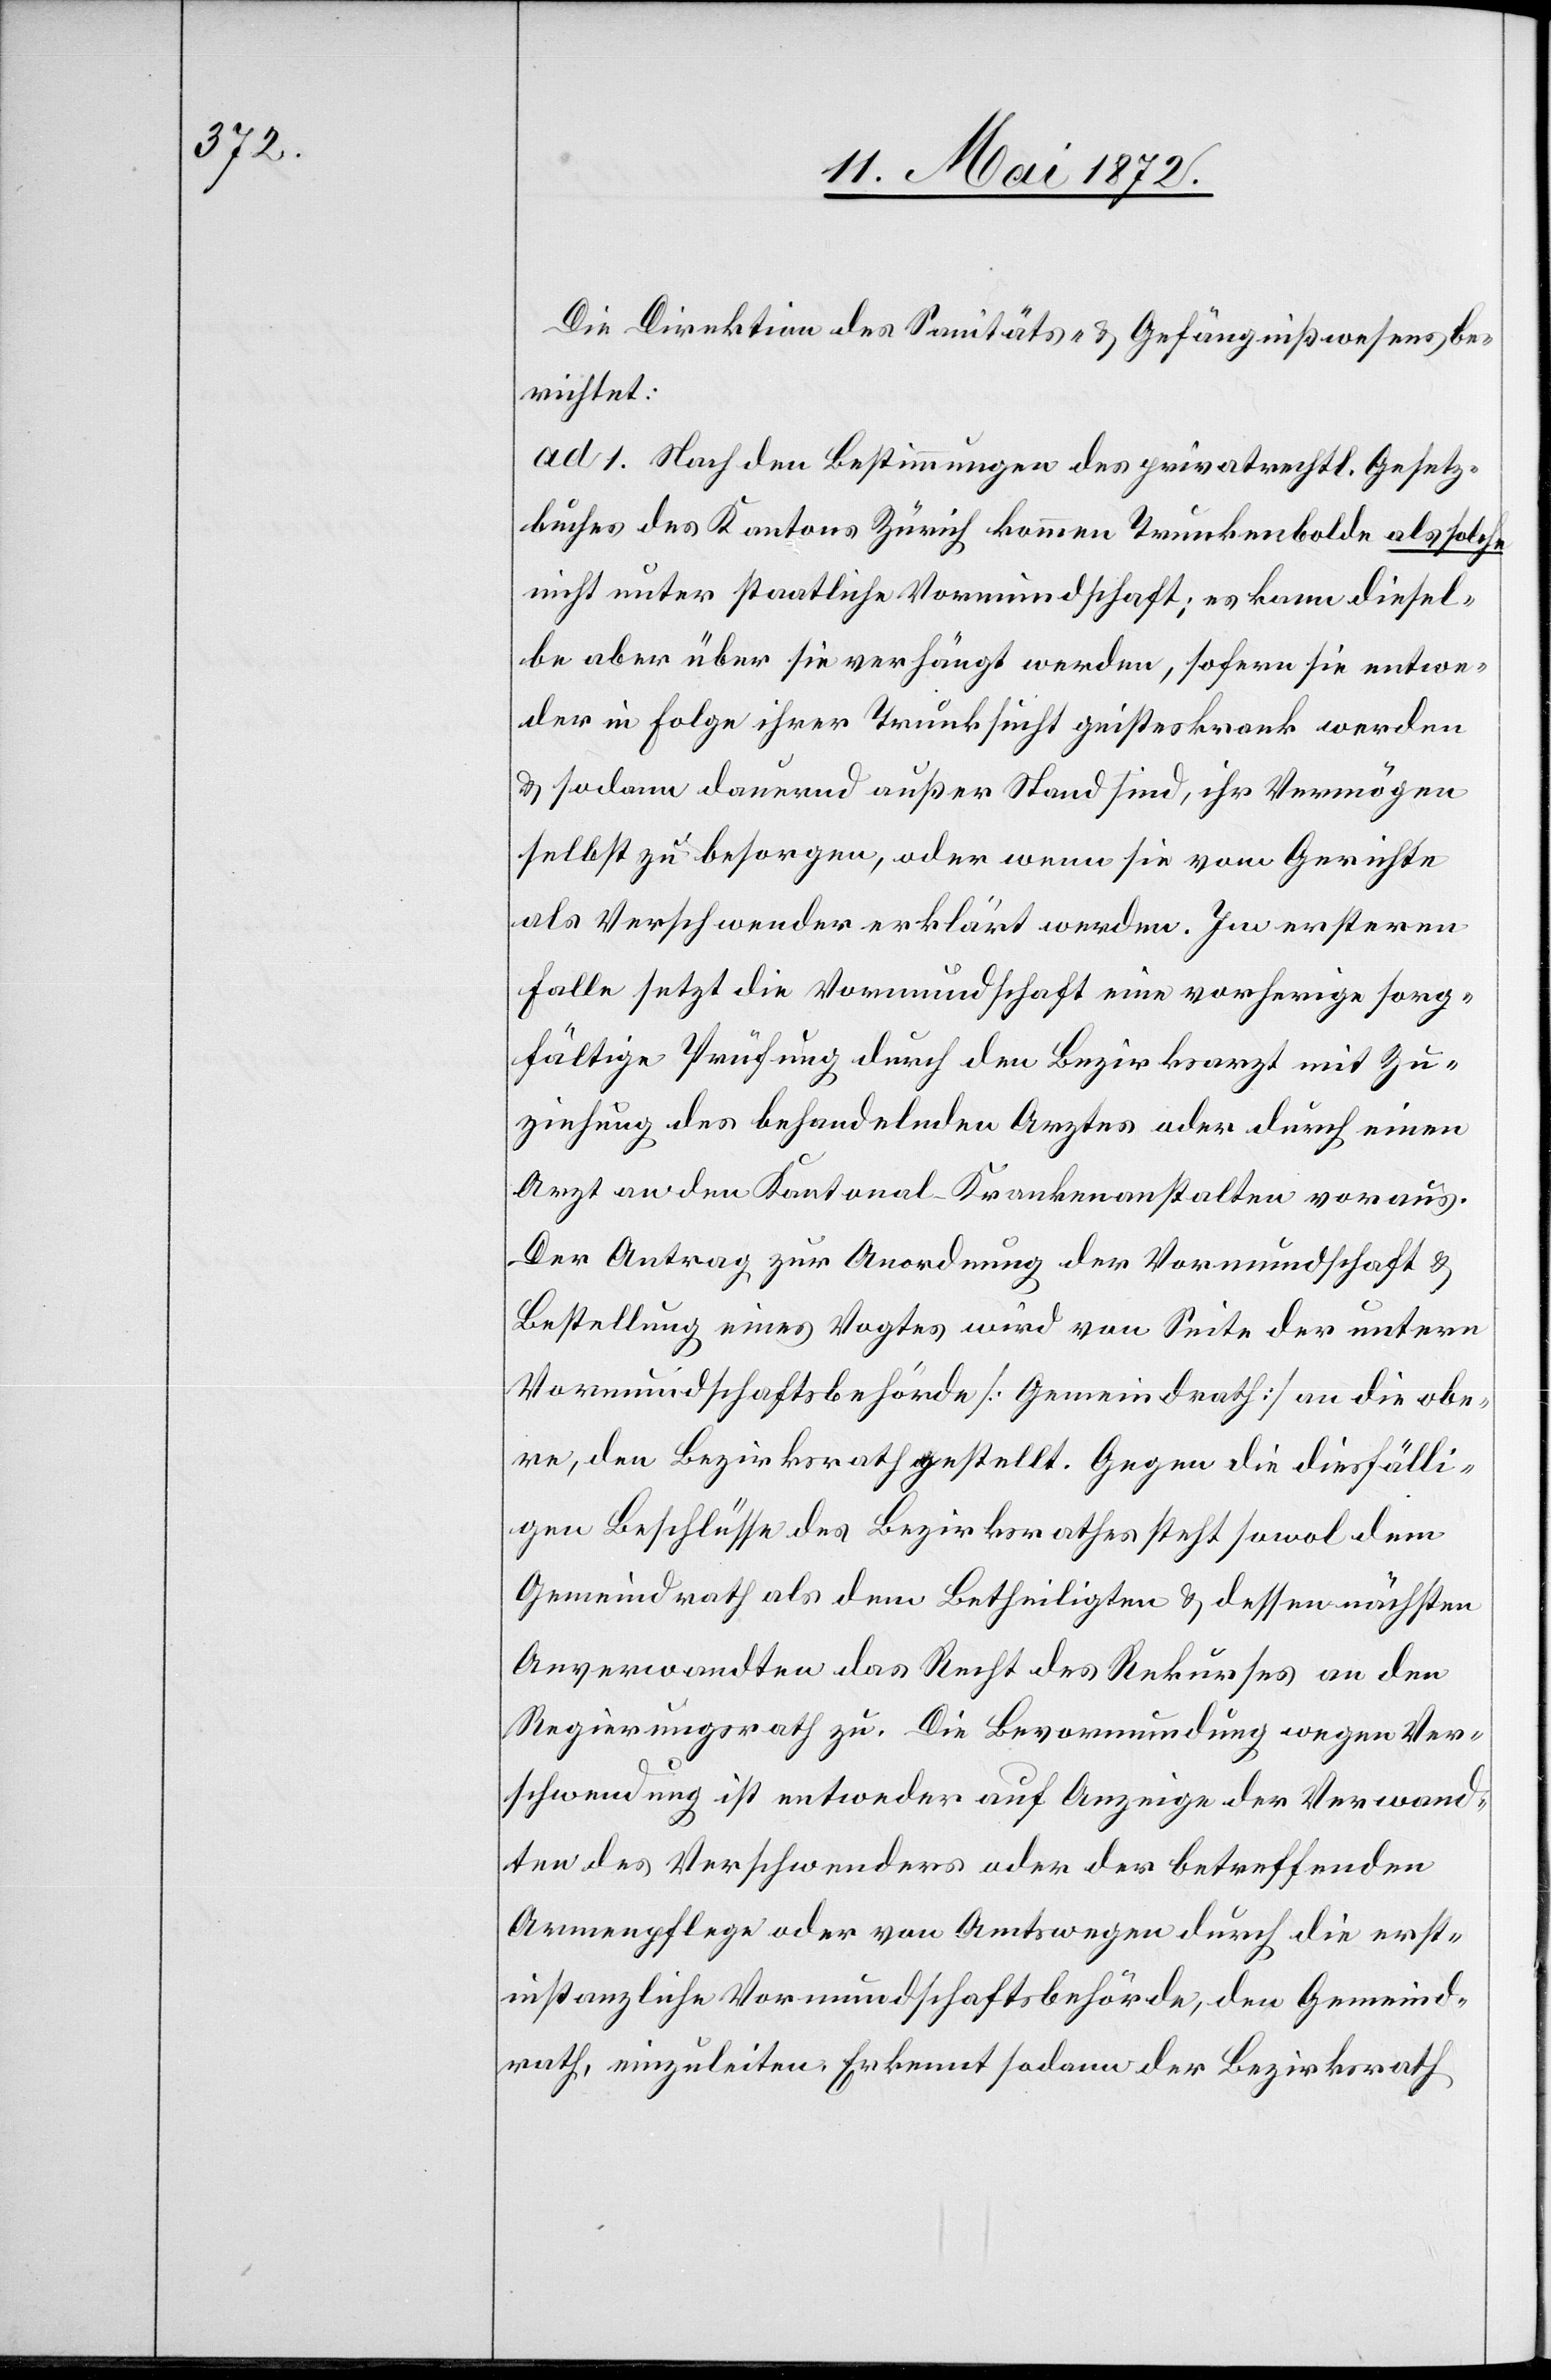
Die Direktion des Sanitäts- u. Gefängnißwesens be¬
richtet:
ad 1. Nach den Bestimmungen des privatrechtl. Gesetz¬
buches des Kantons Zürich kommen Trunkenbolde als solche
nicht unter staatliche Vormundschaft; es kann diesel¬
be aber über sie verhängt werden, sofern sie entwe¬
der in Folge ihrer Trunksucht geisteskrank werden
u. sodann dauernd außer Stand sind, ihr Vermögen
selbst zu besorgen, oder wenn sie vom Gerichte
als Verschwender erklärt werden. Im ersteren
Falle setzt die Vormundschaft eine vorherige sorg¬
fältige Prüfung durch den Bezirksarzt mit Zu¬
ziehung des behandelnden Arztes oder durch einen
Arzt an den Kantonal-Krankenanstalten voraus.
Der Antrag zur Anordnung der Vormundschaft u.
Bestellung eines Vogtes wird von Seite der untern
Vormundschaftsbehörde [Gemeindrath] an die obe¬
re, den Bezirksrath gestellt. Gegen die diesfälli¬
gen Beschlüsse des Bezirksrathes steht sowol dem
Gemeindrath als dem Betheiligten u. dessen nächsten
Anverwandten das Recht des Rekurses an den
Regierungsrath zu. Die Bevormundung wegen Ver¬
schwendung ist entweder auf Anzeige der Verwand¬
ten des Verschwenders oder der betreffenden
Armenpflege oder von Amtswegen durch die erst¬
instanzliche Vormundschaftsbehörde, den Gemeind¬
rath, einzuleiten. Erkennt sodann der Bezirksrath